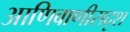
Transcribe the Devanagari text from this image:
आणिबाणीसदृश